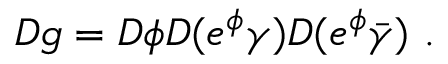
{ \cal D } g = { \cal D } \phi { \cal D } ( e ^ { \phi } \gamma ) { \cal D } ( e ^ { \phi } \bar { \gamma } ) ~ .